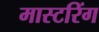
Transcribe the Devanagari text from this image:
मास्‍टरिंग